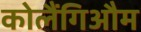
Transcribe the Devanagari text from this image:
कोलैंगिऔम